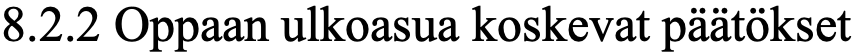
8.2.2 Oppaan ulkoasua koskevat päätökset